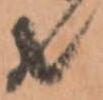
共